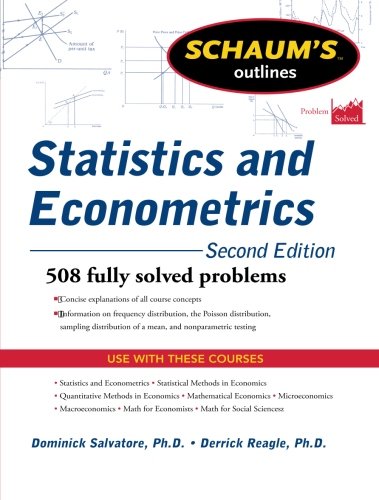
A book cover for Schaum's Outline of Statistics and Econometrics, Second Edition (Schaum's Outlines); Dominick Salvatore; Business & Money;